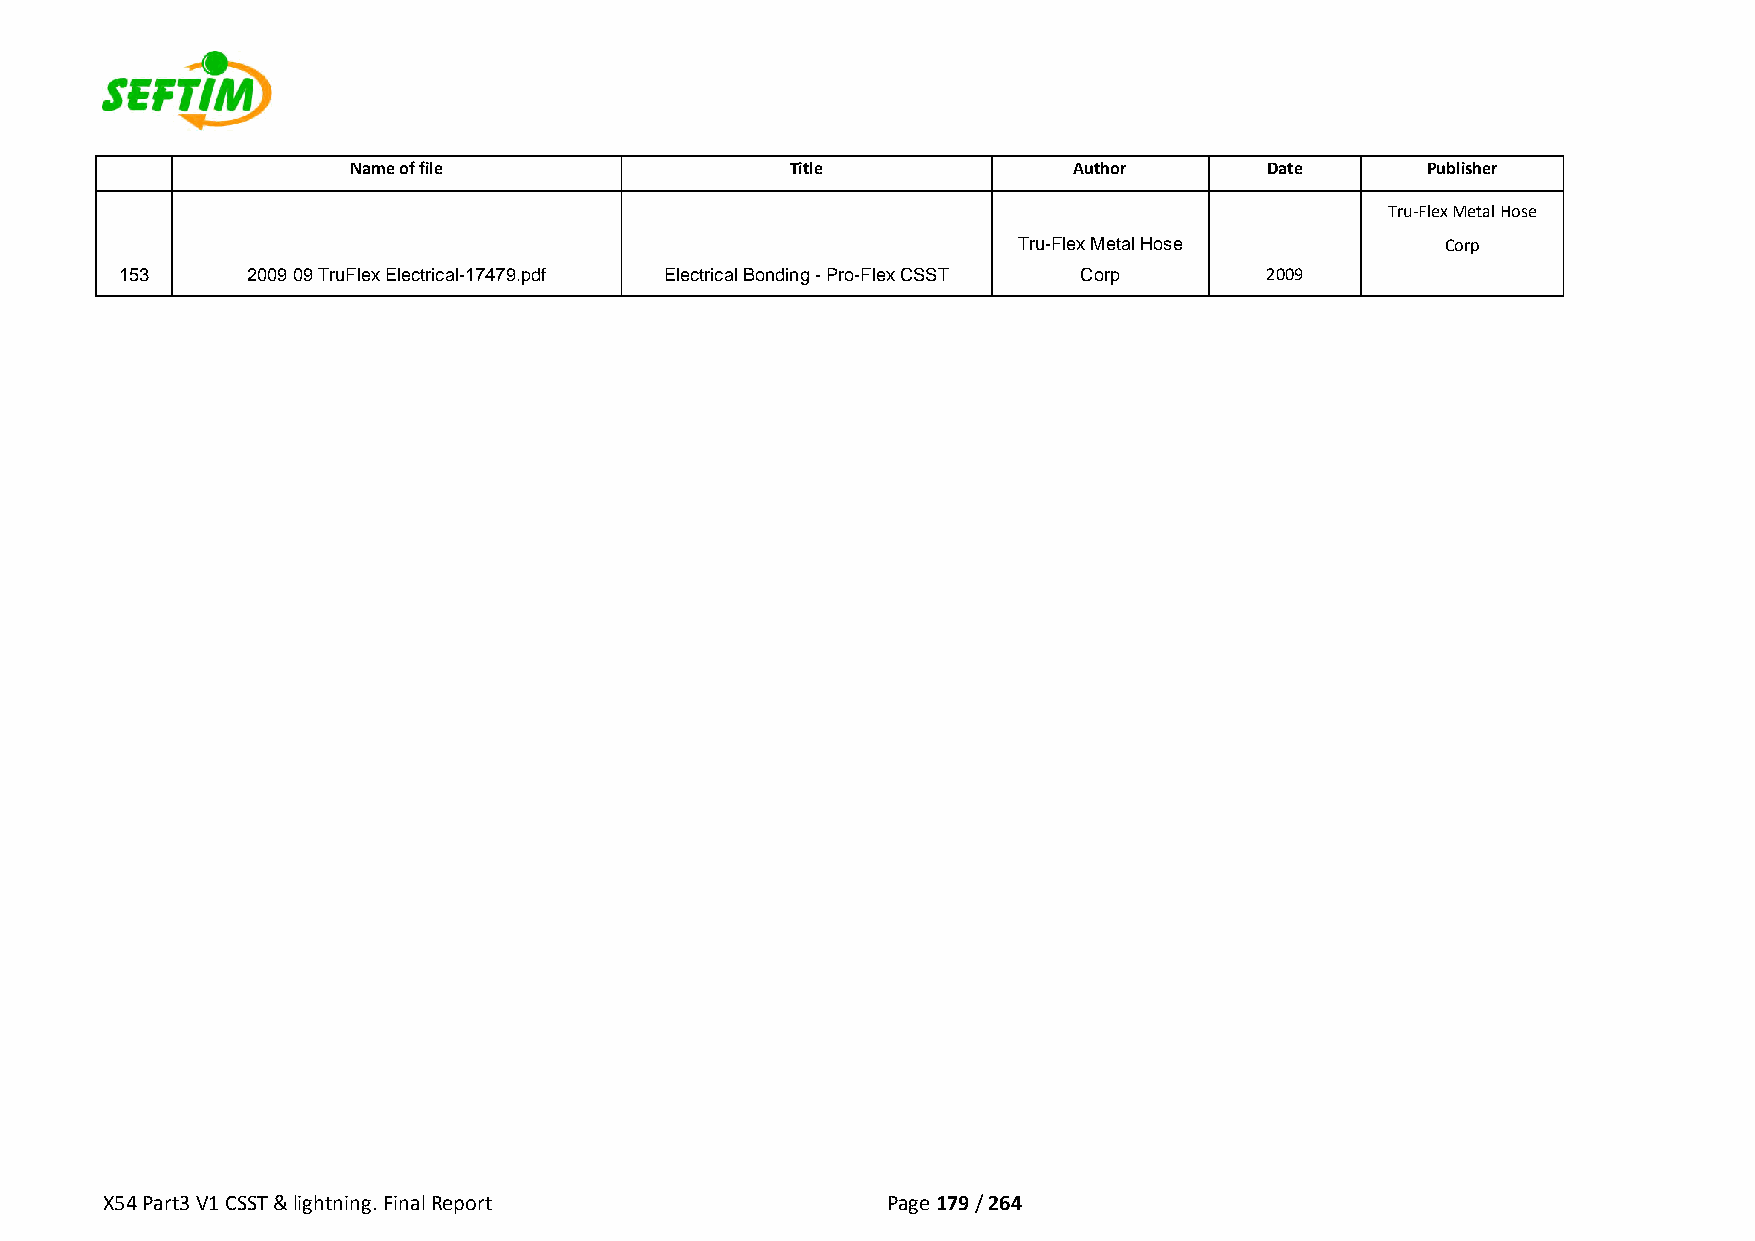
Name of file                 Title              Author       Date      Publisher
 Tru‐Flex Metal Hose
 Tru-Flex Metal Hose          Corp
 153     2009 09 TruFlex Electrical-17479.pdf Electrical Bonding - Pro-Flex CSST Corp 2009
 X54 Part3 V1 CSST & lightning. Final Report         Page 179 / 264